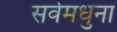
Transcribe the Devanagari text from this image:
सर्वमधुना